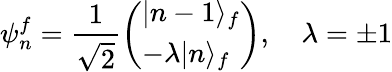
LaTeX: \psi_{n}^{f}=\frac{1}{\sqrt{2}}\left(\begin{array}{l}{|n-1\rangle_{f}}\\ {-\lambda|n\rangle_{f}}\end{array}\right),\quad\lambda=\pm 1